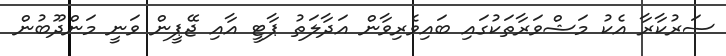
ސަރުކާރާ އެކު މަޝްވަރާތަކުގައި ބައިވެރިވާން އަދާލަތު ޕާޓީ އާއި ޖޭޕީން ވަނީ މަންދޫބުން